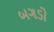
બગડો